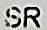
SR